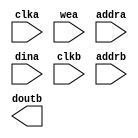
module ram_image(
  clka,
  wea,
  addra,
  dina,
  clkb,
  addrb,
  doutb
);

input clka;
input [0 : 0] wea;
input [14 : 0] addra;
input [23 : 0] dina;
input clkb;
input [14 : 0] addrb;
output [23 : 0] doutb;

// synthesis translate_off

  BLK_MEM_GEN_V7_3 #(
    .C_ADDRA_WIDTH(15),
    .C_ADDRB_WIDTH(15),
    .C_ALGORITHM(1),
    .C_AXI_ID_WIDTH(4),
    .C_AXI_SLAVE_TYPE(0),
    .C_AXI_TYPE(1),
    .C_BYTE_SIZE(9),
    .C_COMMON_CLK(0),
    .C_DEFAULT_DATA("0"),
    .C_DISABLE_WARN_BHV_COLL(0),
    .C_DISABLE_WARN_BHV_RANGE(0),
    .C_ENABLE_32BIT_ADDRESS(0),
    .C_FAMILY("kintex7"),
    .C_HAS_AXI_ID(0),
    .C_HAS_ENA(0),
    .C_HAS_ENB(0),
    .C_HAS_INJECTERR(0),
    .C_HAS_MEM_OUTPUT_REGS_A(0),
    .C_HAS_MEM_OUTPUT_REGS_B(1),
    .C_HAS_MUX_OUTPUT_REGS_A(0),
    .C_HAS_MUX_OUTPUT_REGS_B(0),
    .C_HAS_REGCEA(0),
    .C_HAS_REGCEB(0),
    .C_HAS_RSTA(0),
    .C_HAS_RSTB(0),
    .C_HAS_SOFTECC_INPUT_REGS_A(0),
    .C_HAS_SOFTECC_OUTPUT_REGS_B(0),
    .C_INIT_FILE("BlankString"),
    .C_INIT_FILE_NAME("no_coe_file_loaded"),
    .C_INITA_VAL("0"),
    .C_INITB_VAL("0"),
    .C_INTERFACE_TYPE(0),
    .C_LOAD_INIT_FILE(0),
    .C_MEM_TYPE(1),
    .C_MUX_PIPELINE_STAGES(0),
    .C_PRIM_TYPE(1),
    .C_READ_DEPTH_A(20480),
    .C_READ_DEPTH_B(20480),
    .C_READ_WIDTH_A(24),
    .C_READ_WIDTH_B(24),
    .C_RST_PRIORITY_A("CE"),
    .C_RST_PRIORITY_B("CE"),
    .C_RST_TYPE("SYNC"),
    .C_RSTRAM_A(0),
    .C_RSTRAM_B(0),
    .C_SIM_COLLISION_CHECK("ALL"),
    .C_USE_BRAM_BLOCK(0),
    .C_USE_BYTE_WEA(0),
    .C_USE_BYTE_WEB(0),
    .C_USE_DEFAULT_DATA(0),
    .C_USE_ECC(0),
    .C_USE_SOFTECC(0),
    .C_WEA_WIDTH(1),
    .C_WEB_WIDTH(1),
    .C_WRITE_DEPTH_A(20480),
    .C_WRITE_DEPTH_B(20480),
    .C_WRITE_MODE_A("WRITE_FIRST"),
    .C_WRITE_MODE_B("WRITE_FIRST"),
    .C_WRITE_WIDTH_A(24),
    .C_WRITE_WIDTH_B(24),
    .C_XDEVICEFAMILY("kintex7")
  )
  inst (
    .CLKA(clka),
    .WEA(wea),
    .ADDRA(addra),
    .DINA(dina),
    .CLKB(clkb),
    .ADDRB(addrb),
    .DOUTB(doutb),
    .RSTA(),
    .ENA(),
    .REGCEA(),
    .DOUTA(),
    .RSTB(),
    .ENB(),
    .REGCEB(),
    .WEB(),
    .DINB(),
    .INJECTSBITERR(),
    .INJECTDBITERR(),
    .SBITERR(),
    .DBITERR(),
    .RDADDRECC(),
    .S_ACLK(),
    .S_ARESETN(),
    .S_AXI_AWID(),
    .S_AXI_AWADDR(),
    .S_AXI_AWLEN(),
    .S_AXI_AWSIZE(),
    .S_AXI_AWBURST(),
    .S_AXI_AWVALID(),
    .S_AXI_AWREADY(),
    .S_AXI_WDATA(),
    .S_AXI_WSTRB(),
    .S_AXI_WLAST(),
    .S_AXI_WVALID(),
    .S_AXI_WREADY(),
    .S_AXI_BID(),
    .S_AXI_BRESP(),
    .S_AXI_BVALID(),
    .S_AXI_BREADY(),
    .S_AXI_ARID(),
    .S_AXI_ARADDR(),
    .S_AXI_ARLEN(),
    .S_AXI_ARSIZE(),
    .S_AXI_ARBURST(),
    .S_AXI_ARVALID(),
    .S_AXI_ARREADY(),
    .S_AXI_RID(),
    .S_AXI_RDATA(),
    .S_AXI_RRESP(),
    .S_AXI_RLAST(),
    .S_AXI_RVALID(),
    .S_AXI_RREADY(),
    .S_AXI_INJECTSBITERR(),
    .S_AXI_INJECTDBITERR(),
    .S_AXI_SBITERR(),
    .S_AXI_DBITERR(),
    .S_AXI_RDADDRECC()
  );

// synthesis translate_on

endmodule